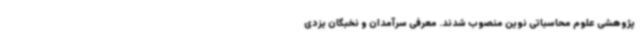
پژوهشی علوم محاسباتی نوین منصوب شدند. معرفی سرآمدان و نخبگان یزدی